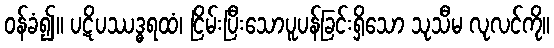
ဝန်ခံ၍။ ပဋိပဿဒ္ဓရထံ၊ ငြိမ်းပြီးသောပူပန်ခြင်းရှိသော သုသီမ လုလင်ကို။